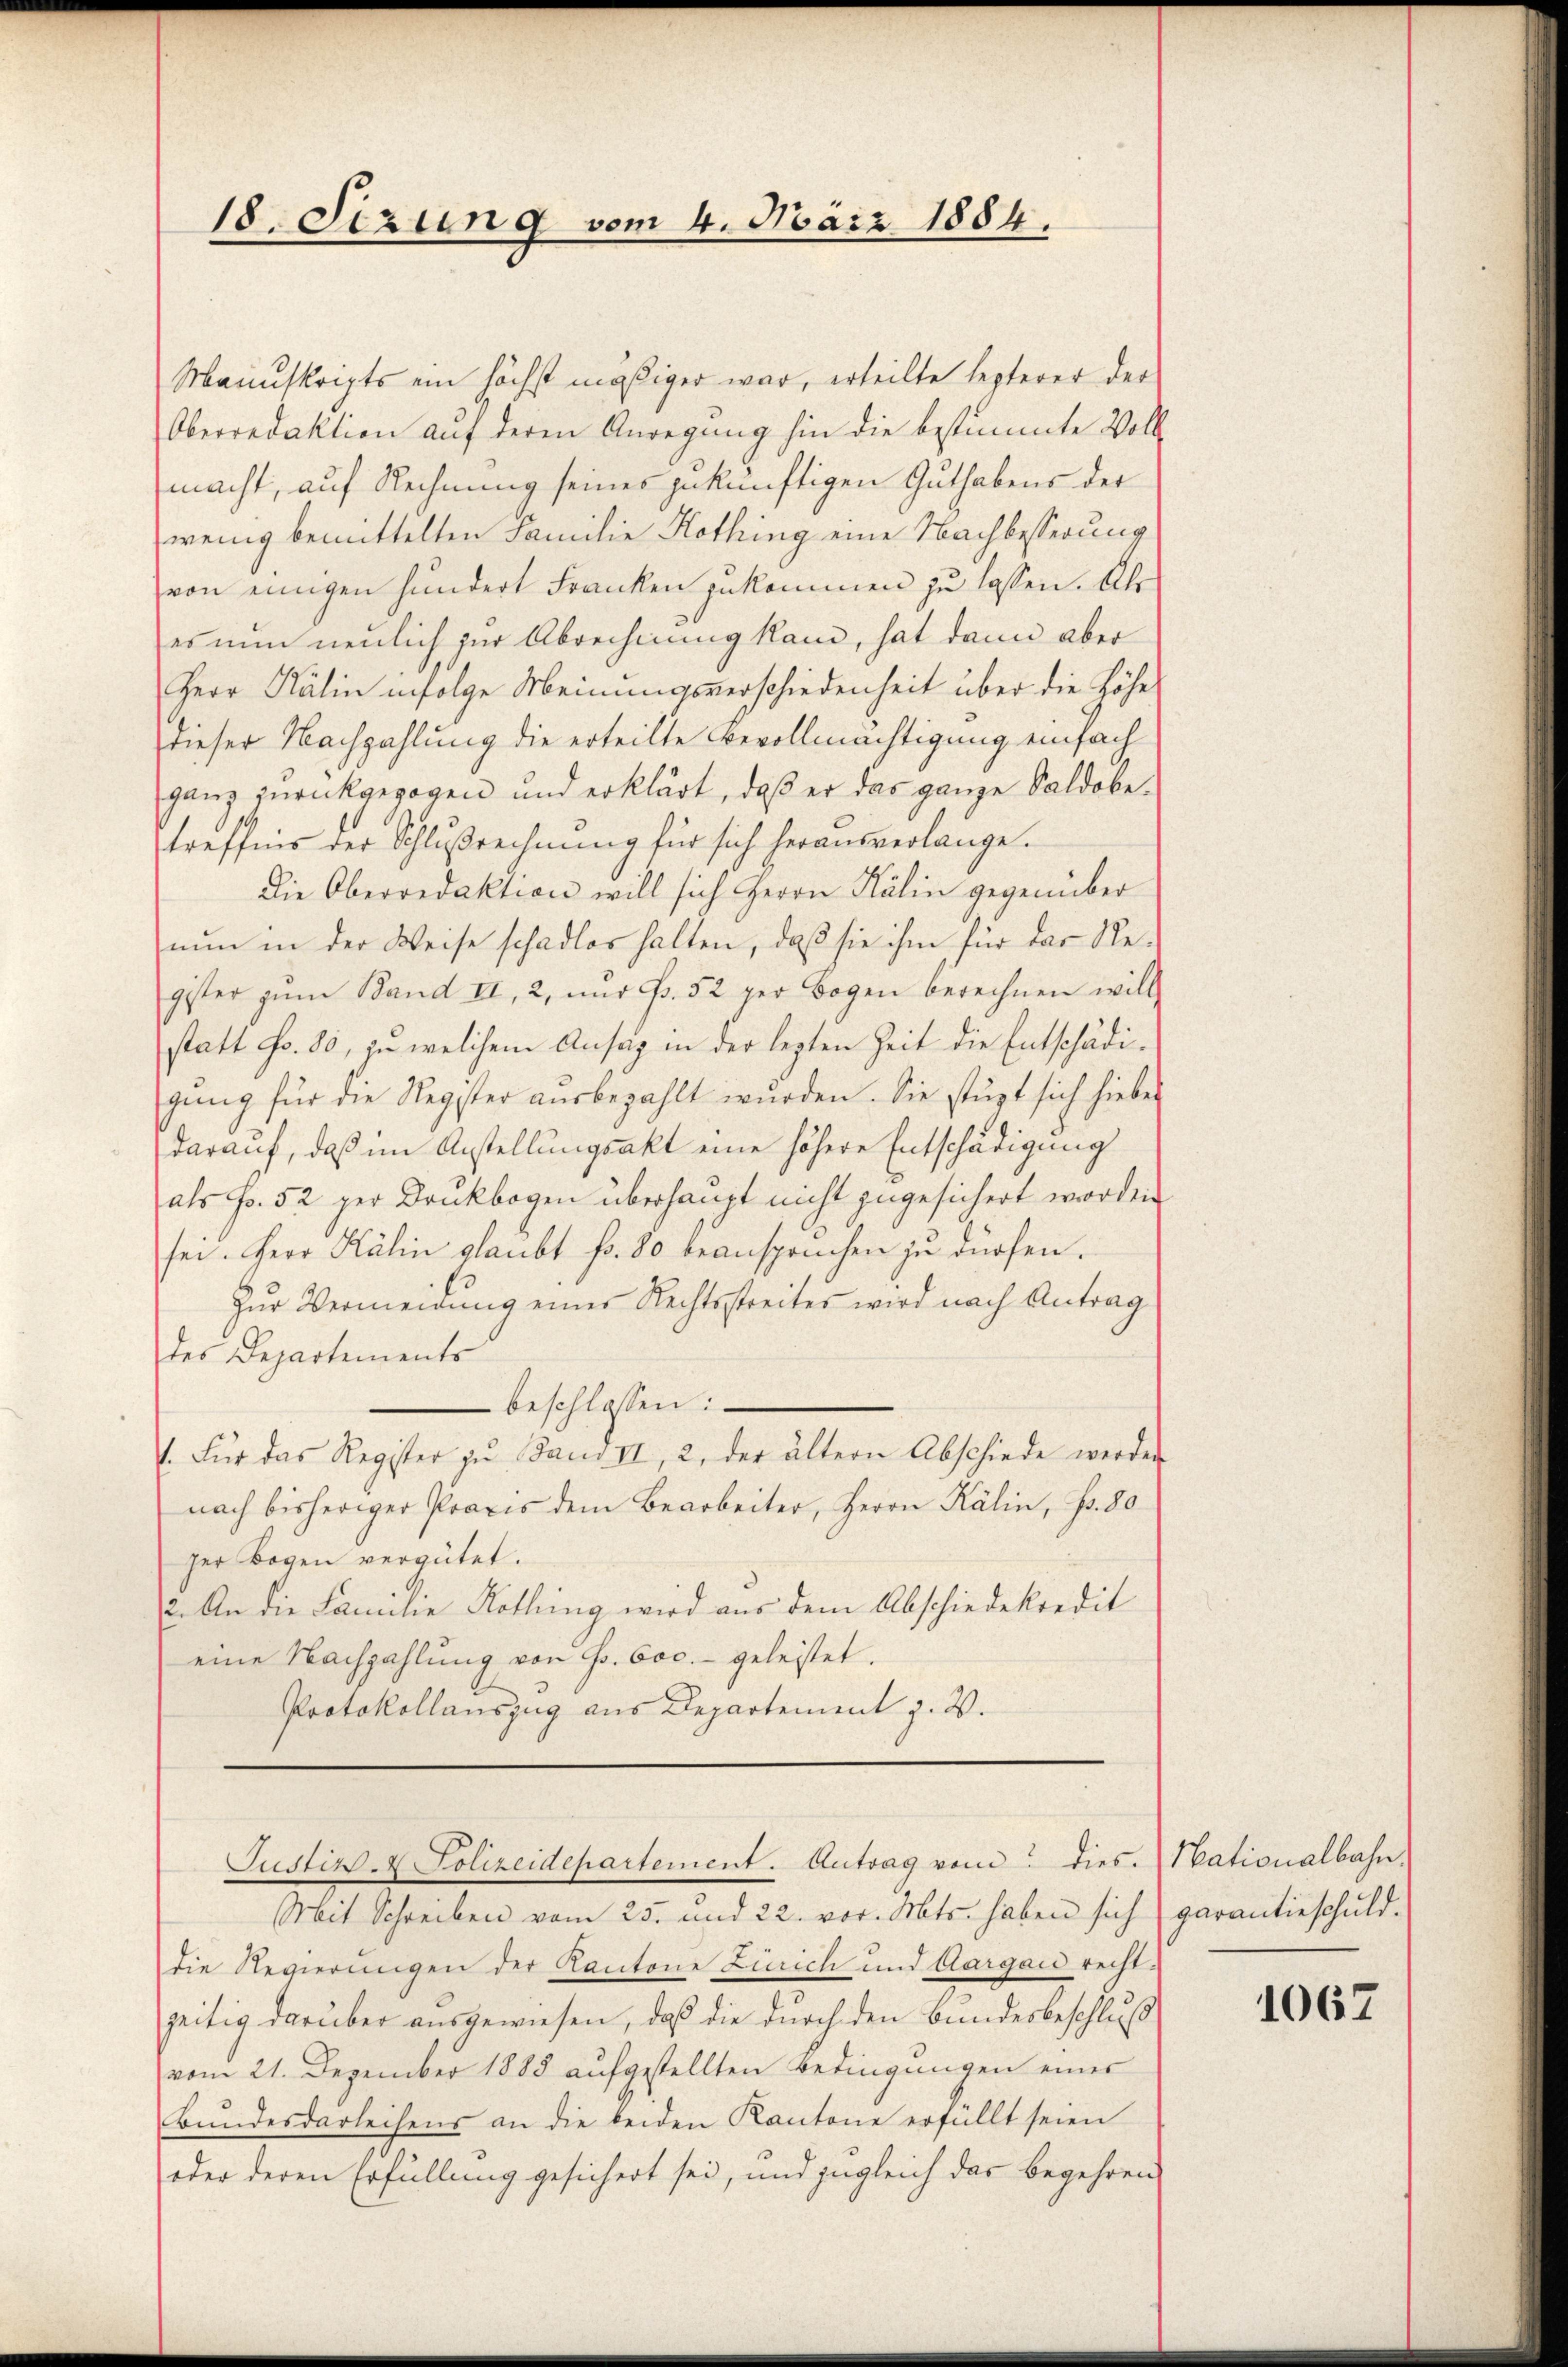
18. Sizung vom 4. März 1884.

Manuskripts ein höchst mäßiger war, erteilte lezterer der
Oberredaktion auf deren Anregung hin die bestimmte Voll
macht, auf Rechnung seines zukünftigen Guthabens der
wenig bemittelten Familie Kothing eine Nachbesserung
von einigen hundert Franken zukommen zu lassen. Als
es nun neulich zur Abrechnung kan, hat dann aber
Herr Kälin infolge Meinungsverschiedenheit über die Höhe
dieser Nachzahlung die erteilte Bevollmächtigung einfach
ganz zurückgezogen und erklärt, daß er das ganze Saldobetreffnis der Schlußrechnung für sich herausverlange.
Die Oberredaktion will sich Herrn Kälin gegenüber
nŭn in der Weise schadlos halten, daß sie ihm für das Re-
gister zŭm Band II, 2, nŭr Fr. 52 per Bogen berechnen will
statt Fr. 80, zu welchem Ansäz in der lezten Zeit die Entschädigŭng für die Register aŭsbezahlt wurden. Sie stüzt sich hiebei
darauf, daß im Anstellungsakt eine höhere Entschädigung
als Fr. 52 per Druckbogen überhaupt nicht zugesichert worden
sei. Herr Kälin glaubt fr. 80 beansprüchen zu dürfen.
Zur Vermeidung einer Rechtsstreites wird nach Antrag
des Departements
beschlossen:
V. Für das Register zŭ Jauv II, 2, der ältern Abschiede werden
nach bisheriger Praxis dem Bearbeiter, Herrn Kälin, Fr. 80
ger Bogen vergütet.
2. An die Familie Kothing wird aus dem Abschiedekredit
eine Nachzahlung von Fr. 600.- geleistet.
Protokollauszug aus Departement z. B.

Mit Schreiben vom 25. und 22. vor. Mts. haben sich garantieschuld.
die Regierungen der Kantone Zürich und Aargau rechtzeitig darüber ausgewiesen, daß die durch den Bundesbeschluß
vom 21. Dezember 1883 aufgestellten Bedingŭngen einer
Bŭndesdarleihens an die beiden Kantone erfüllt seien
oder deren Erfüllung gesichert sei, und zugleich das begehren

Justiz- & Polizeidepartement. Antrag vom : dies. Nationalbahn,

1067